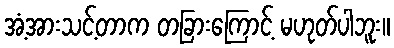
အံ့အားသင့်တာက တခြားကြောင့် မဟုတ်ပါဘူး။